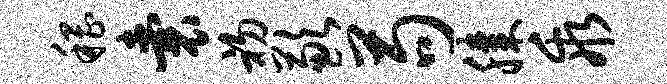
稽囊初歉苟膝乖